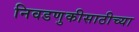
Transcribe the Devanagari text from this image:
निवडणुकीसाठीच्या